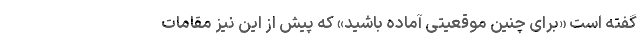
گفته است «برای چنین موقعیتی آماده باشید» که پیش از این نیز مقامات